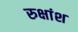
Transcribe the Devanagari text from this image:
रुक्षांश